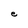
Character: e